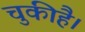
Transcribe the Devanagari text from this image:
चुकीहै।